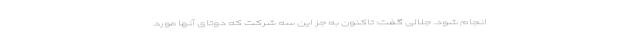
انجام شود. جلالی گفت: تاکنون به جز این سه شرکت که دوتای آنها مورد